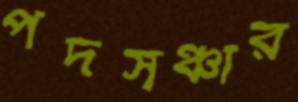
পদসঞ্চার